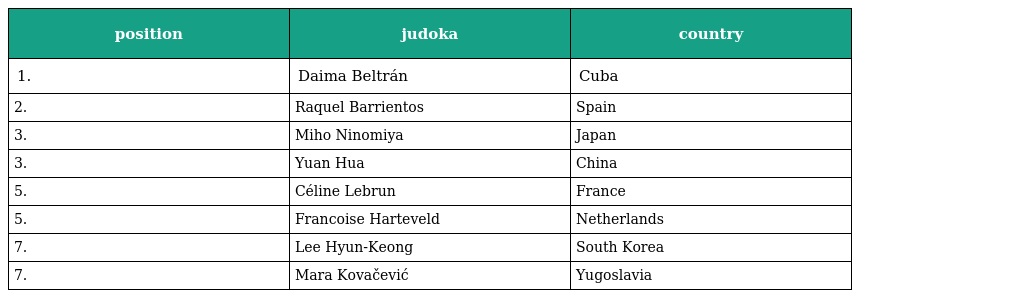
| position | judoka | country |
 | --- | --- | --- |
 | 1. | Daima Beltrán | Cuba |
 | 2. | Raquel Barrientos | Spain |
 | 3. | Miho Ninomiya | Japan |
 | 3. | Yuan Hua | China |
 | 5. | Céline Lebrun | France |
 | 5. | Francoise Harteveld | Netherlands |
 | 7. | Lee Hyun-Keong | South Korea |
 | 7. | Mara Kovačević | Yugoslavia |